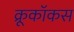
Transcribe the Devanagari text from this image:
क्रूकॉकस